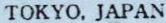
TOKYO, JAPAN